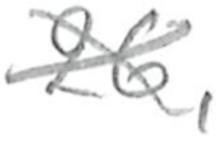
Text: 26,
Cross-out: cross
Writing tool: pencil